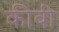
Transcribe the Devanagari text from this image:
कीबी